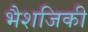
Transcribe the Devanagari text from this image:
भैशजिकी